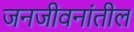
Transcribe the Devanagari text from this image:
जनजीवनांतील